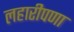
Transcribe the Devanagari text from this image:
लहारीपणा